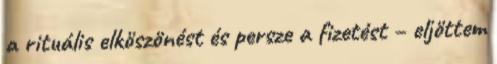
a rituális elköszönést és persze a fizetést – eljöttem